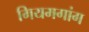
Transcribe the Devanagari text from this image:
गियमगांग